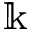
\Bbbk